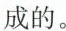
成的。